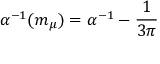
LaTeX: \alpha ^ { - 1 } ( { m _ { \mu } } ) = \alpha ^ { - 1 } - { \frac { 1 } { 3 \pi } }